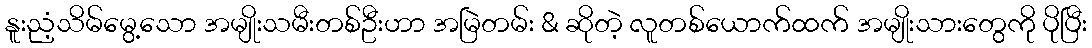
နူးညံ့သိမ်မွေ့သော အမျိုးသမီးတစ်ဦးဟာ အမြဲတမ်း & ဆိုတဲ့ လူတစ်ယောက်ထက် အမျိုးသားတွေကို ပိုပြီး